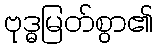
ဗုဒ္ဓမြတ်စွာ၏